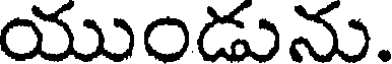
యుండును.